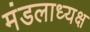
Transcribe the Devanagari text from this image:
मंडलाध्यक्ष